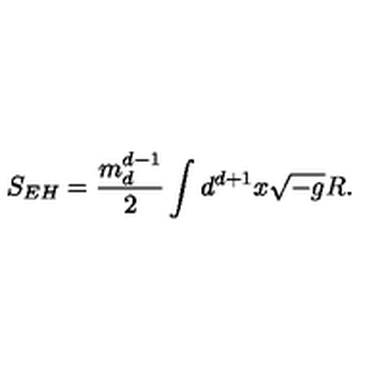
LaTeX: S _ { E H } = \frac { m _ { d } ^ { d - 1 } } { 2 } \int d ^ { d + 1 } x \sqrt { - g } R .